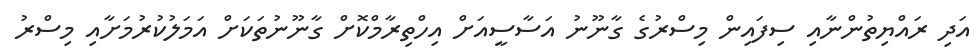
އަދި ރައްޔިތުންނާއި ސިފައިން މިސްރުގެ ގާނޫނު އަސާސީއަށް އިހްތިރާމްކޮށް ގާނޫނުތަކަށް އަމަލުކުރުމަށާއި މިސްރު